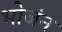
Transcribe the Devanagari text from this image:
भोजंन